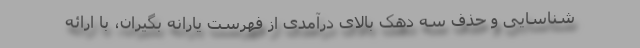
شناسایی و حذف سه دهک بالای درآمدی از فهرست یارانه بگیران، با ارائه